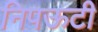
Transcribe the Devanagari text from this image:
निपऊटी